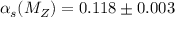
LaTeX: \alpha _ { s } ( M _ { Z } ) = 0 . 1 1 8 \pm 0 . 0 0 3